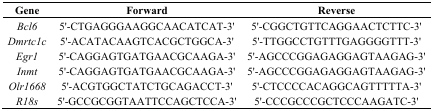
<table><thead><tr><td><b>Gene</b></td><td><b>Forward</b></td><td><b>Reverse</b></td></tr></thead><tbody><tr><td><i>Bcl6</i></td><td>5&#x27;-CTGAGGGAAGGCAACATCAT-3&#x27;</td><td>5&#x27;-CGGCTGTTCAGGAACTCTTC-3&#x27;</td></tr><tr><td><i>Dmrtc1c</i></td><td>5&#x27;-ACATACAAGTCACGCTGGCA-3&#x27;</td><td>5&#x27;-TTGGCCTGTTTGAGGGGTTT-3&#x27;</td></tr><tr><td><i>Egr1</i></td><td>5&#x27;-CAGGAGTGATGAACGCAAGA-3&#x27;</td><td>5&#x27;-AGCCCGGAGAGGAGTAAGAG-3&#x27;</td></tr><tr><td><i>Inmt</i></td><td>5&#x27;-CAGGAGTGATGAACGCAAGA-3&#x27;</td><td>5&#x27;-AGCCCGGAGAGGAGTAAGAG-3&#x27;</td></tr><tr><td><i>Olr1668</i></td><td>5&#x27;-ACGTGGCTATCTGCAGACCT-3&#x27;</td><td>5&#x27;-CTCCCCACAGGCAGTTTTTA-3&#x27;</td></tr><tr><td><i>R18s</i></td><td>5&#x27;-GCCGCGGTAATTCCAGCTCCA-3&#x27;</td><td>5&#x27;-CCCGCCCGCTCCCAAGATC-3&#x27;</td></tr></tbody></table>